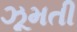
ઝૂમતી